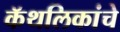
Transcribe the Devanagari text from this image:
कॅथलिकांचे